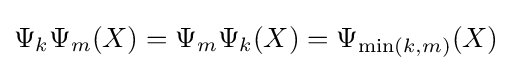
\Psi _{k}\Psi _{m}(X)=\Psi _{m}\Psi _{k}(X)=\Psi _{\min(k,m)}(X)